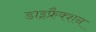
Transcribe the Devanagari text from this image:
डाइफ्रैक्शन